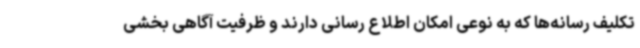
تکلیف رسانه‌ها که به نوعی امکان اطلاع رسانی دارند و ظرفیت آگاهی بخشی